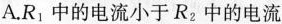
A.R_{1}中的电流小于R_{2}中的电流